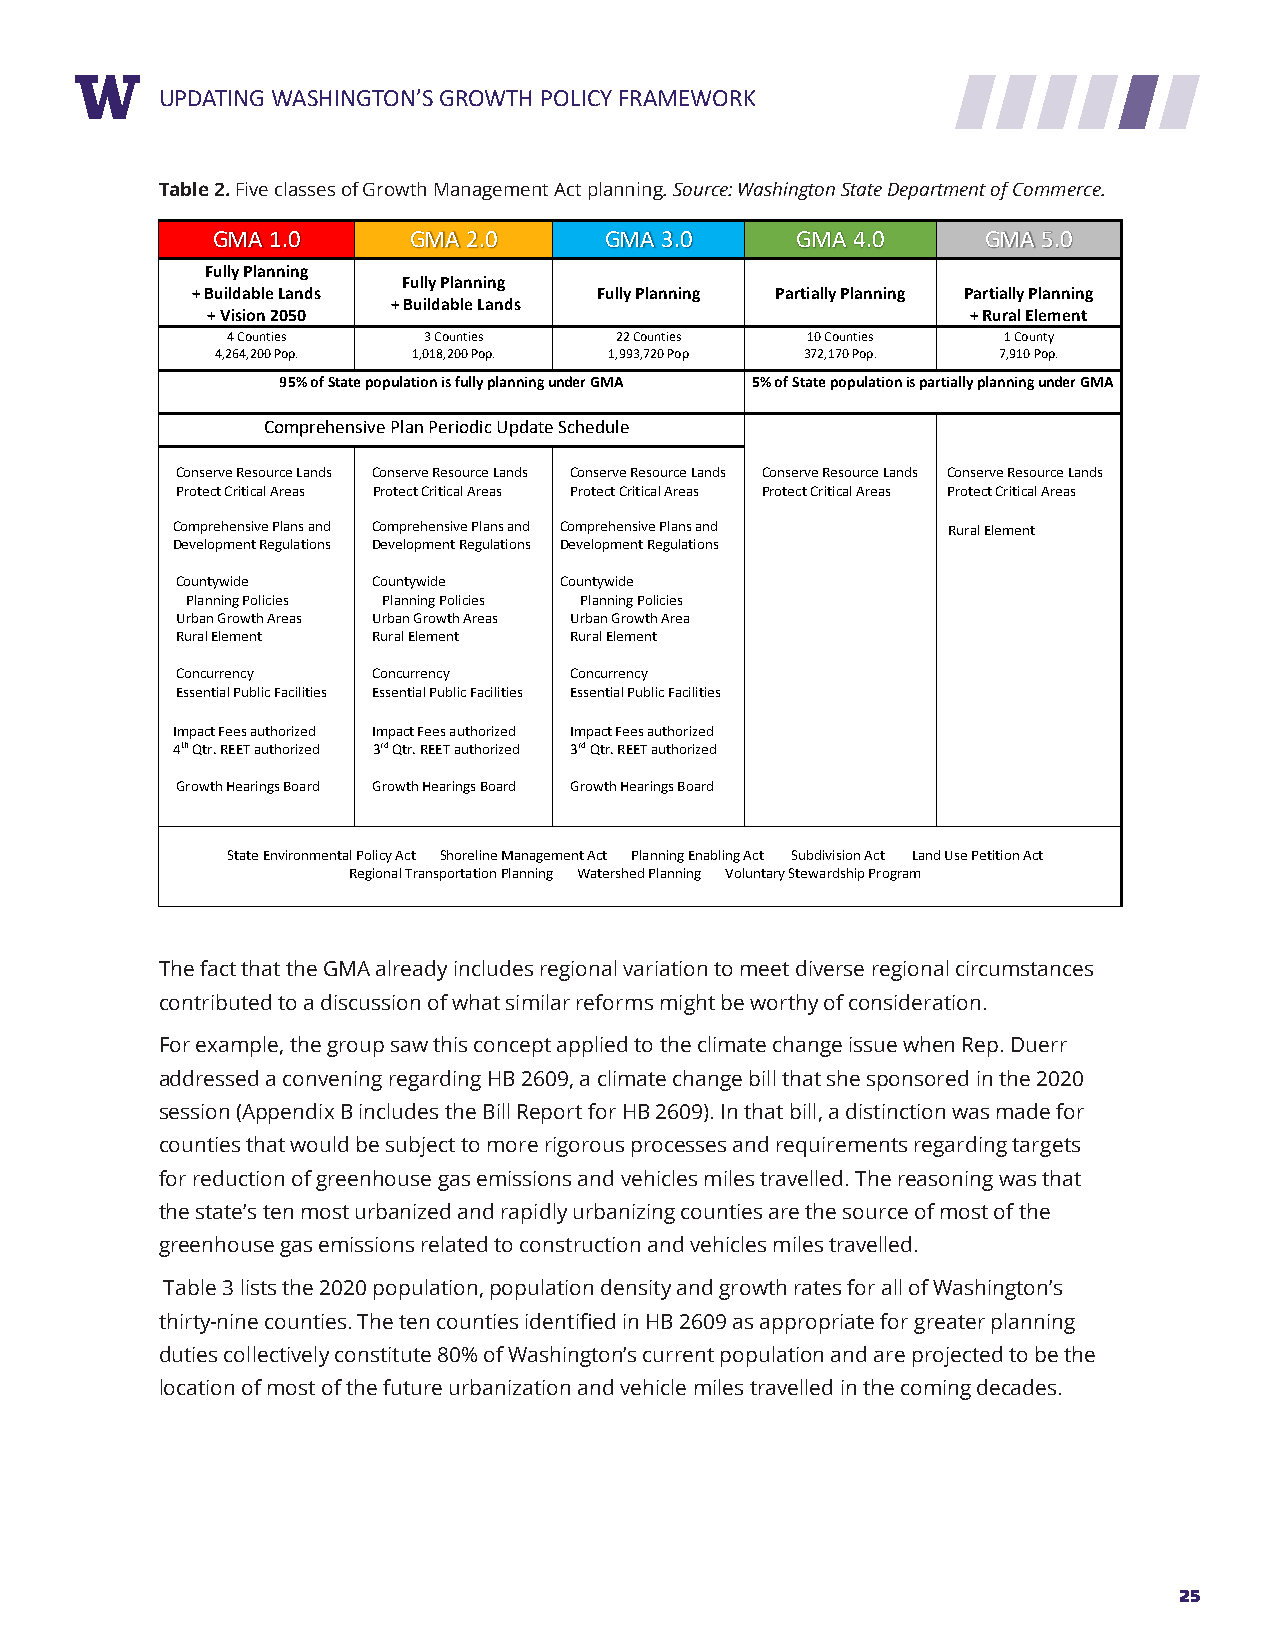
RUEPPDOARTTIN TGIT WLEASHINGTON’S GROWTH POLICY FRAMEWORK
 Table 2. Five classes of Growth Management Act planning. Source: Washington State Department of Commerce.
 GMA 1.0      GMA 2.0      GMA 3.0      GMA 4.0     GMA 5.0
 Fully Planning
 Fully Planning
 + Buildable Lands          Fully Planning Partially Planning Partially Planning
 + Buildable Lands
 + Vision 2050                                     + Rural Element
 4 Counties   3 Counties   22 Counties 10 Counties  1 County
 4,264,200 Pop. 1,018,200 Pop. 1,993,720 Pop 372,170 Pop. 7,910 Pop.
 95% of State population is fully planning under GMA 5% of State population is partially planning under GMA
 Comprehensive Plan Periodic Update Schedule
 Conserve Resource Lands Conserve Resource Lands Conserve Resource Lands Conserve Resource Lands Conserve Resource Lands
 Protect Critical Areas Protect Critical Areas Protect Critical Areas Protect Critical Areas Protect Critical Areas
 Comprehensive Plans and C o mprehensive Plans and Comprehensive Plans and Rural Element
 Development Regulations Development Regulations Development Regulations
 Countywide   Countywide  Countywide
 Planning Policies Planning Policies Planning Policies
 Urban Growth Areas Urban Growth Areas Urban Growth Area
 Rural Element Rural Element Rural Element
 Concurrency  Concurrency  Concurrency
 Essential Public Facilities Essential Public Facilities Essential Public Facilities
 Impact Fees authorized Impact Fees authorized Impact Fees authorized
 4th Qtr. REET authorized 3rd Qtr. REET authorized 3rd Qtr. REET authorized
 Growth Hearings Board Growth Hearings Board Growth Hearings Board
 State Environmental Policy Act Shoreline Management Act Planning Enabling Act Subdivision Act Land Use Petition Act
 Regional Transportation Planning Watershed Planning Voluntary Stewardship Program
 The fact that the GMA already includes regional variation to meet diverse regional circumstances
 contributed to a discussion of what similar reforms might be worthy of consideration.
 For example, the group saw this concept applied to the climate change issue when Rep. Duerr
 addressed a convening regarding HB 2609, a climate change bill that she sponsored in the 2020
 session (Appendix B includes the Bill Report for HB 2609). In that bill, a distinction was made for
 counties that would be subject to more rigorous processes and requirements regarding targets
 for reduction of greenhouse gas emissions and vehicles miles travelled. The reasoning was that
 the state’s ten most urbanized and rapidly urbanizing counties are the source of most of the
 greenhouse gas emissions related to construction and vehicles miles travelled.
 Table 3 lists the 2020 population, population density and growth rates for all of Washington’s
 thirty-nine counties. The ten counties identified in HB 2609 as appropriate for greater planning
 duties collectively constitute 80% of Washington’s current population and are projected to be the
 location of most of the future urbanization and vehicle miles travelled in the coming decades.
 25